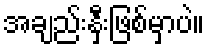
အချည်းနှီးဖြစ်မှာပဲ။